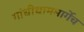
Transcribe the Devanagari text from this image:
गांधीधाममार्गेच